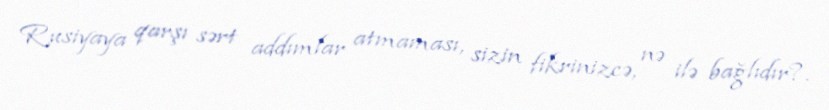
Rusiyaya qarşı sərt addımlar atmaması, sizin fikrinizcə, nə ilə bağlıdır?.